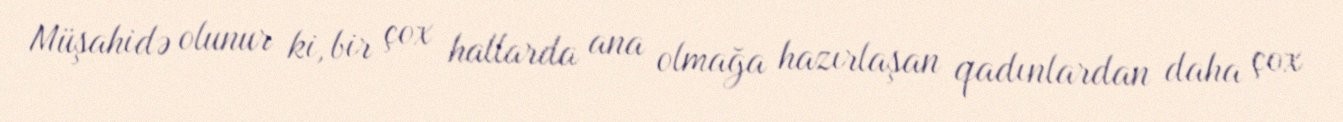
Müşahidə olunur ki, bir çox hallarda ana olmağa hazırlaşan qadınlardan daha çox